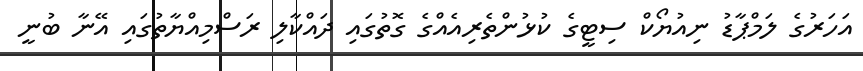
އަހަރުގެ ލަމްޕާޑު ނިއުޔޯކް ސިޓީގެ ކުޅުންތެރިއެއްގެ ގޮތުގައި ދައްކާލި ރަސްމިއްޔާތުގައި އޭނާ ބުނީ